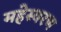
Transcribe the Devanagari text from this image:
महेस्वरण